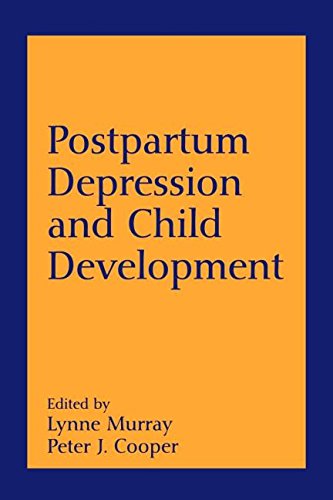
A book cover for Postpartum Depression and Child Development; Health, Fitness & Dieting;